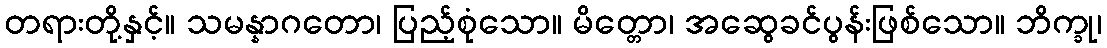
တရားတို့နှင့်။ သမန္နာဂတော၊ ပြည့်စုံသော။ မိတ္တော၊ အဆွေခင်ပွန်းဖြစ်သော။ ဘိက္ခု၊